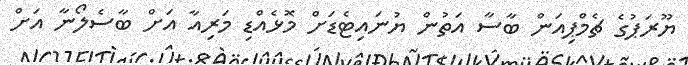
ޔޫރަޕުގެ ޗެމްޕިއަން ބާސާ އަތުން ޔުނައިޓެޑަށް މޮޅެއްޑި މަރިއާ އަށް ބާސެލޯނާ އަށް